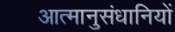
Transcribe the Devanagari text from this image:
आत्मानुसंधानियों